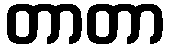
တာတာ